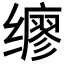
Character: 𫟇